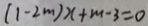
( 1 - 2 m ) x + m - 3 = 0